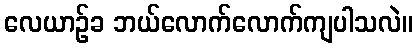
လေယာဉ်ခ ဘယ်လောက်လောက်ကျပါသလဲ။